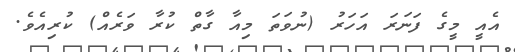
އެއީ މީގެ ފަނަރަ އަހަރު (ނުވަތަ މިއާ ގާތް ކުރާ ވަރެއް) ކުރިއެވެ.